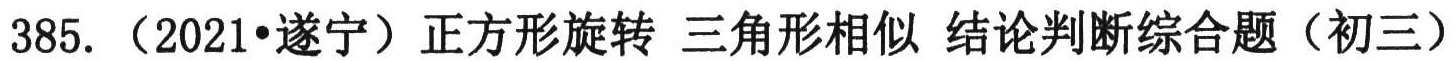
385. （2021•遂宁）正方形旋转 三角形相似 结论判断综合题（初三）